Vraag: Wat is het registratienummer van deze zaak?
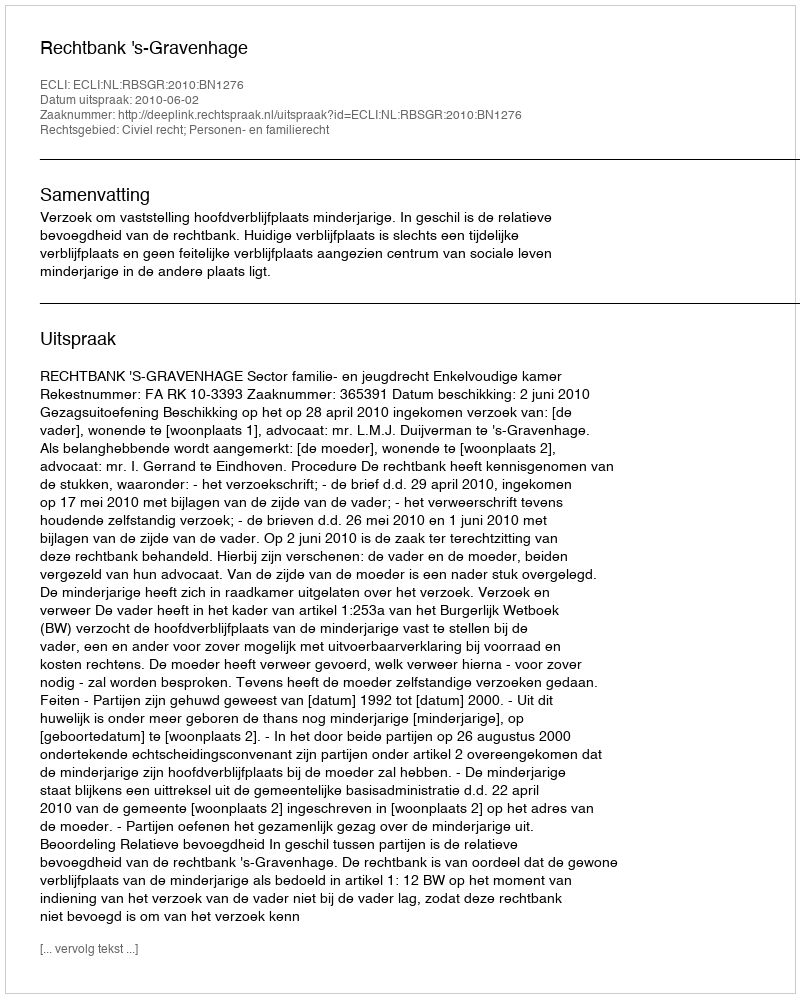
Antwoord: http://deeplink.rechtspraak.nl/uitspraak?id=ECLI:NL:RBSGR:2010:BN1276